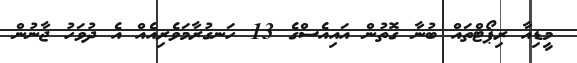
މީޑިއާ ރިޕޯޓްތައް ބުނާ ގޮތުން އައިއެސްގެ 13 ހަނގުރާމަވެރިއެއް އެ ދުވަހު ޖާނުން